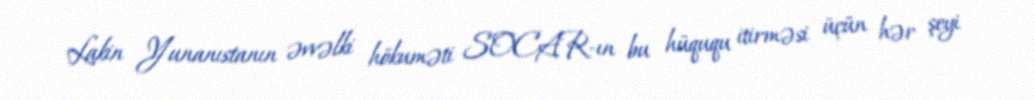
Lakin Yunanıstanın əvvəlki hökuməti SOCAR-ın bu hüququ itirməsi üçün hər şeyi